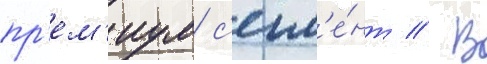
пр'ем'иум с'егм'е́нт // В